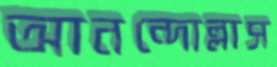
আনন্দোল্লাস